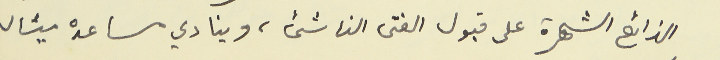
الذائع الشهرة على قبول الفتى الناشئ، وينادي مساعده ميشال